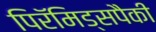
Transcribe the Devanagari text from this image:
पिरॅमिड्सपैकी